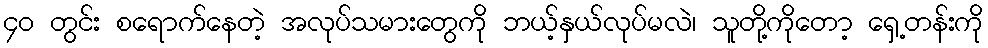
၄၀ တွင်း စရောက်နေတဲ့ အလုပ်သမားတွေကို ဘယ့်နှယ်လုပ်မလဲ၊ သူတို့ကိုတော့ ရှေ့တန်းကို